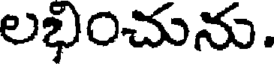
లభించును.